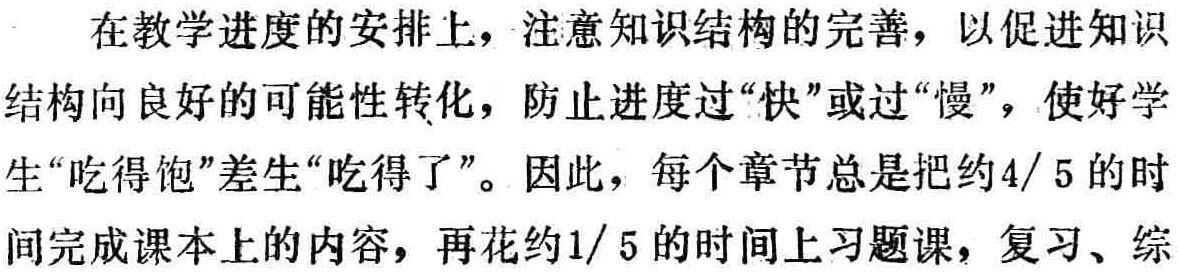
在教学进度的安排上，注意知识结构的完善，以促进知识结构向良好的可能性转化，防止进度过“快”或过“慢”，使好学生“吃得饱”差生“吃得了”。因此，每个章节总是把约4/5的时间完成课本上的内容，再花约1/5的时间上习题课，复习、综